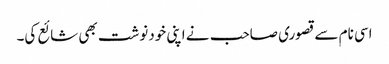
اسی نام سے قصوری صاحب نے اپنی خودنوشت بھی شائع کی۔